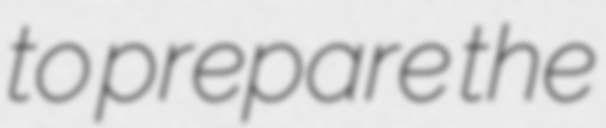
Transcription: to prepare the